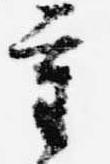
重